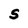
Character: S